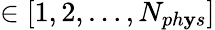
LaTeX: \in[1,2,\dots,N_{ph\mathbf{y}s}]